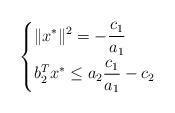
LaTeX: \begin{align*}\left\{\begin{aligned} &\|x^*\|^2=-\frac{c_{1}}{a_{1}}\\& b_2^Tx^*\le a_{2}\frac{c_{1}}{a_{1}} -c_{2}\end{aligned}\right.\end{align*}